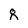
Character: 8